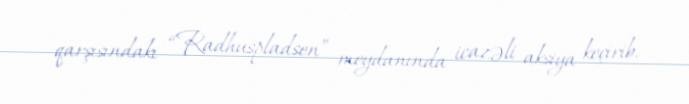
qarşısındakı “Radhuspladsen” meydanında icazəli aksiya keçirib.